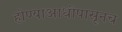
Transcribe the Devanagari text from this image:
होण्याआधीपासूनच